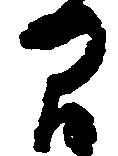
間